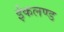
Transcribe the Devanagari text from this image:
ईकलण्ड